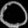
Digit: ၀